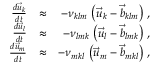
\begin{array} { r l r } { \frac { d \vec { u } _ { k } } { d t } } & { \approx } & { - \nu _ { k l m } \, \left( \vec { u } _ { k } - \vec { b } _ { k l m } \right) \, , } \\ { \frac { d \vec { u } _ { l } } { d t } } & { \approx } & { - \nu _ { l m k } \, \left( \vec { u } _ { l } - \vec { b } _ { l m k } \right) \, , } \\ { \frac { d \vec { u } _ { m } } { d t } } & { \approx } & { - \nu _ { m k l } \, \left( \vec { u } _ { m } - \vec { b } _ { m k l } \right) \, , } \end{array}